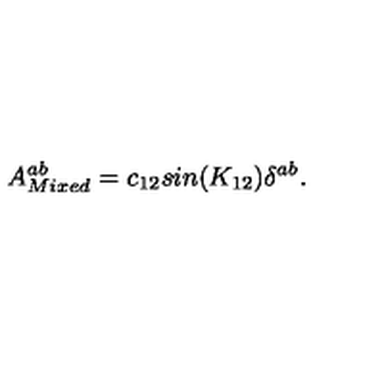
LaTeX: A _ { M i x e d } ^ { a b } = c _ { 1 2 } s i n ( K _ { 1 2 } ) \delta ^ { a b } .